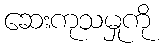
ဆေးကုသမှုကို